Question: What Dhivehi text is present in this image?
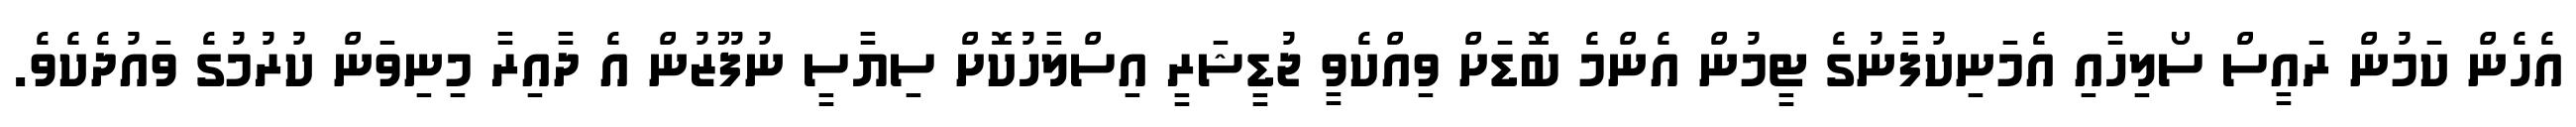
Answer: އެހެން ކަމުން ރައީސް ސޯލިހާއި އެމަނިކުފާނުގެ ޓީމުން އެންމެ ބޮޑަށް ވިއްކެވީ ޖުޑީޝަރީ އިސްލާހުކޮށް ސިޔާސީ ނުފޫޒުން އެ ދާއިރާ މިނިވަން ކުރުމުގެ ވައުދެކެވެ.